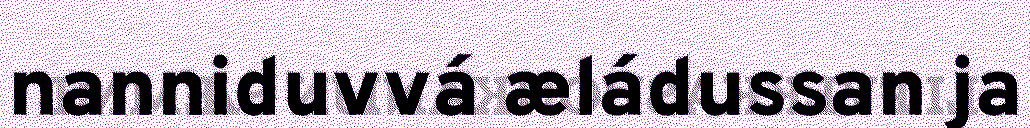
nanniduvvá æládussan ja